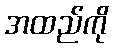
အထည်ကို